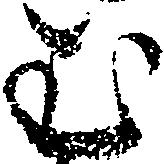
む